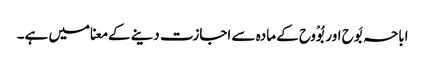
اباحہ بَوح اور بُوْوح کے مادہ سے اجازت دینے کے معنا میں ہے۔